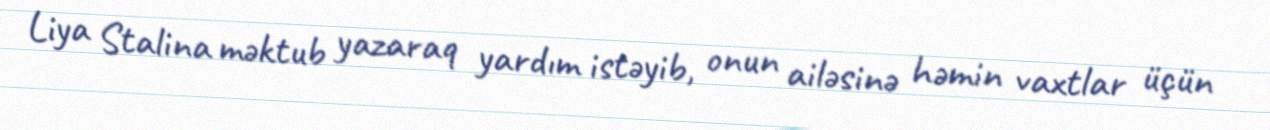
Liya Stalina məktub yazaraq yardım istəyib, onun ailəsinə həmin vaxtlar üçün